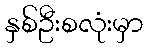
နှစ်ဦးစလုံးမှာ